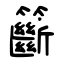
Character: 籪